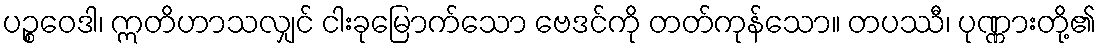
ပဉ္စဝေဒါ၊ ဣတိဟာသလျှင် ငါးခုမြောက်သော ဗေဒင်ကို တတ်ကုန်သော။ တပဿီ၊ ပုဏ္ဏားတို့၏